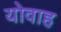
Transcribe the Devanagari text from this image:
योवाह